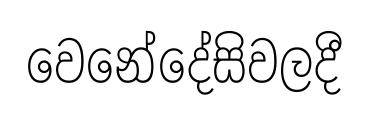
වෙනේදේසිවලදී